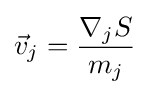
{\vec {v}}_{j}={\frac {\nabla _{j}S}{m_{j}}}\;